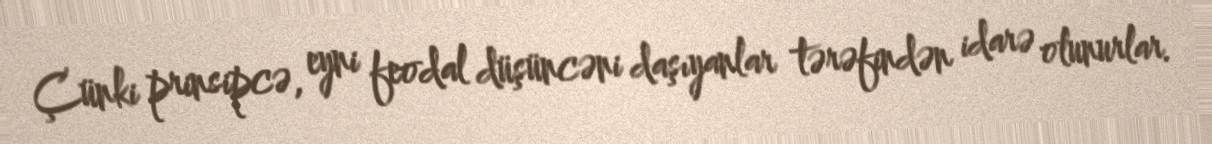
Çünki prinsipcə, eyni feodal düşüncəni daşıyanlar tərəfindən idarə olunurlar.